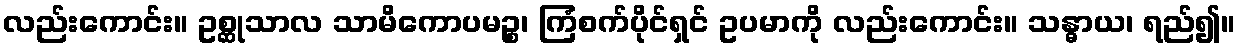
လည်းကောင်း။ ဥစ္ဆုသာလ သာမိကောပမဉ္စ၊ ကြံစက်ပိုင်ရှင် ဥပမာကို လည်းကောင်း။ သန္ဓာယ၊ ရည်၍။